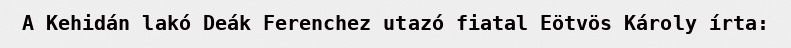
A Kehidán lakó Deák Ferenchez utazó fiatal Eötvös Károly írta: